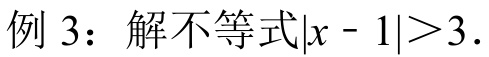
例 3：解不等式\(\vert x - 1\vert>3\).